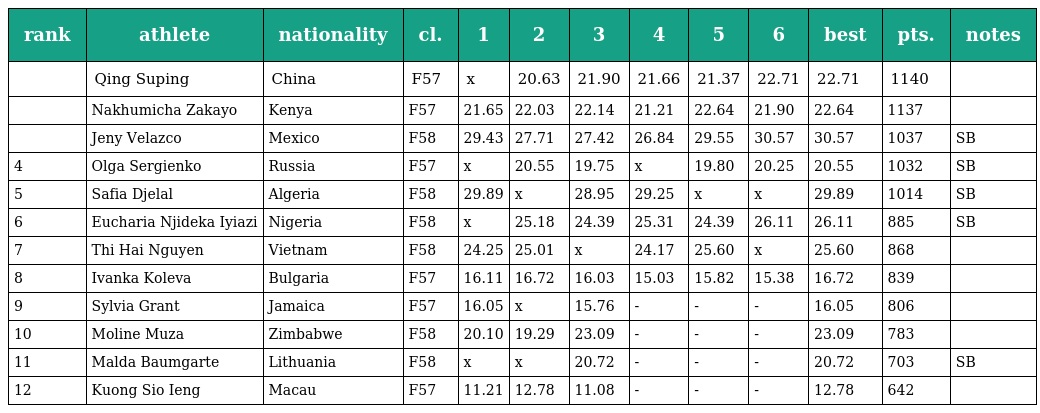
| rank | athlete | nationality | cl. | 1 | 2 | 3 | 4 | 5 | 6 | best | pts. | notes |
 | --- | --- | --- | --- | --- | --- | --- | --- | --- | --- | --- | --- | --- |
 |  | Qing Suping | China | F57 | x | 20.63 | 21.90 | 21.66 | 21.37 | 22.71 | 22.71 | 1140 |  |
 |  | Nakhumicha Zakayo | Kenya | F57 | 21.65 | 22.03 | 22.14 | 21.21 | 22.64 | 21.90 | 22.64 | 1137 |  |
 |  | Jeny Velazco | Mexico | F58 | 29.43 | 27.71 | 27.42 | 26.84 | 29.55 | 30.57 | 30.57 | 1037 | SB |
 | 4 | Olga Sergienko | Russia | F57 | x | 20.55 | 19.75 | x | 19.80 | 20.25 | 20.55 | 1032 | SB |
 | 5 | Safia Djelal | Algeria | F58 | 29.89 | x | 28.95 | 29.25 | x | x | 29.89 | 1014 | SB |
 | 6 | Eucharia Njideka Iyiazi | Nigeria | F58 | x | 25.18 | 24.39 | 25.31 | 24.39 | 26.11 | 26.11 | 885 | SB |
 | 7 | Thi Hai Nguyen | Vietnam | F58 | 24.25 | 25.01 | x | 24.17 | 25.60 | x | 25.60 | 868 |  |
 | 8 | Ivanka Koleva | Bulgaria | F57 | 16.11 | 16.72 | 16.03 | 15.03 | 15.82 | 15.38 | 16.72 | 839 |  |
 | 9 | Sylvia Grant | Jamaica | F57 | 16.05 | x | 15.76 | - | - | - | 16.05 | 806 |  |
 | 10 | Moline Muza | Zimbabwe | F58 | 20.10 | 19.29 | 23.09 | - | - | - | 23.09 | 783 |  |
 | 11 | Malda Baumgarte | Lithuania | F58 | x | x | 20.72 | - | - | - | 20.72 | 703 | SB |
 | 12 | Kuong Sio Ieng | Macau | F57 | 11.21 | 12.78 | 11.08 | - | - | - | 12.78 | 642 |  |